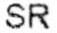
SR